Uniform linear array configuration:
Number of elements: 16
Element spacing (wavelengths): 0.75
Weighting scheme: uniform
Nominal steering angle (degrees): -60
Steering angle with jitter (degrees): -59.677
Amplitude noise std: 0.05
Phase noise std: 0.05

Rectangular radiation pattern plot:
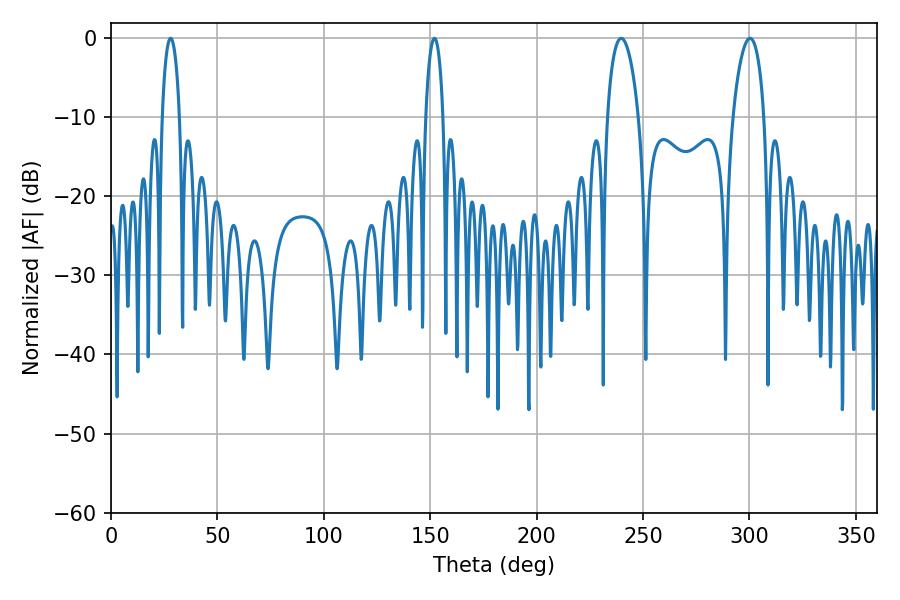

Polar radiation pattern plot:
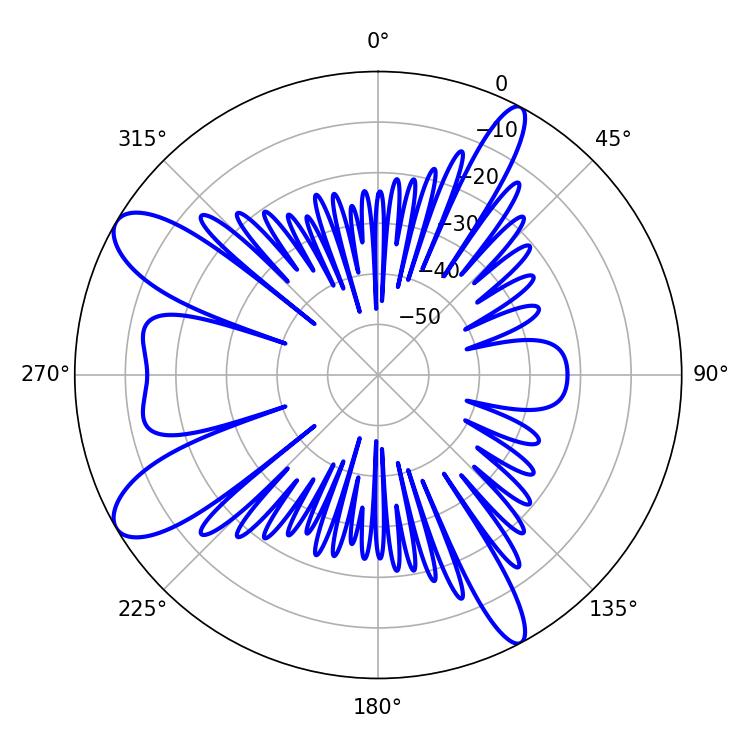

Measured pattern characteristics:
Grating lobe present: TRUE
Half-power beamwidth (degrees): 8.28
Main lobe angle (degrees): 239.76